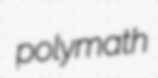
polymath